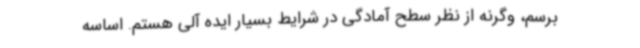
برسم، وگرنه از نظر سطح آمادگی در شرایط بسیار ایده آلی هستم. اساسه